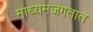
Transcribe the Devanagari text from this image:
माध्यमजगतात